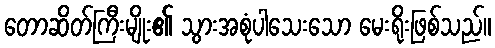
တောဆိတ်ကြီးမျိုး၏ သွားအစုံပါသေးသော မေးရိုးဖြစ်သည်။